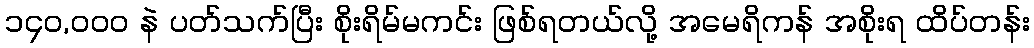
၁၄၀,၀၀၀ နဲ ပတ်သက်ပြီး စိုးရိမ်မကင်း ဖြစ်ရတယ်လို့ အမေရိကန် အစိုးရ ထိပ်တန်း